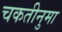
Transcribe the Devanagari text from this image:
चकतीनुमा